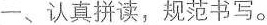
一、认真拼读，规范书写。